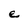
Character: e